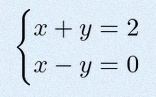
\begin{cases}x+y=2\\x-y=0\end{cases}